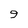
Character: 9